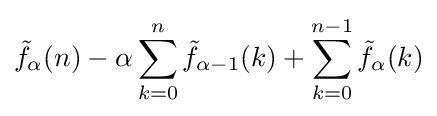
{\tilde {f}}_{\alpha }(n)-\alpha \sum _{k=0}^{n}{\tilde {f}}_{\alpha -1}(k)+\sum _{k=0}^{n-1}{\tilde {f}}_{\alpha }(k)